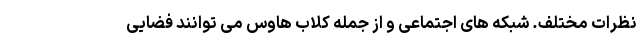
نظرات مختلف. شبکه های اجتماعی و از جمله کلاب هاوس می توانند فضایی